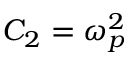
C _ { 2 } = \omega _ { p } ^ { 2 }